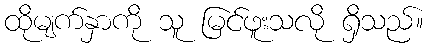
ထိုမျက်နှာကို သူ မြင်ဖူးသလို ရှိသည်။